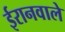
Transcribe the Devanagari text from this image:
ईरानवाले